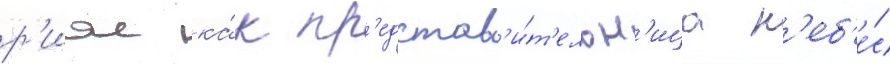
р'иас ка́к пр'едстав'и́т'ельн'ица н'еб'е́с